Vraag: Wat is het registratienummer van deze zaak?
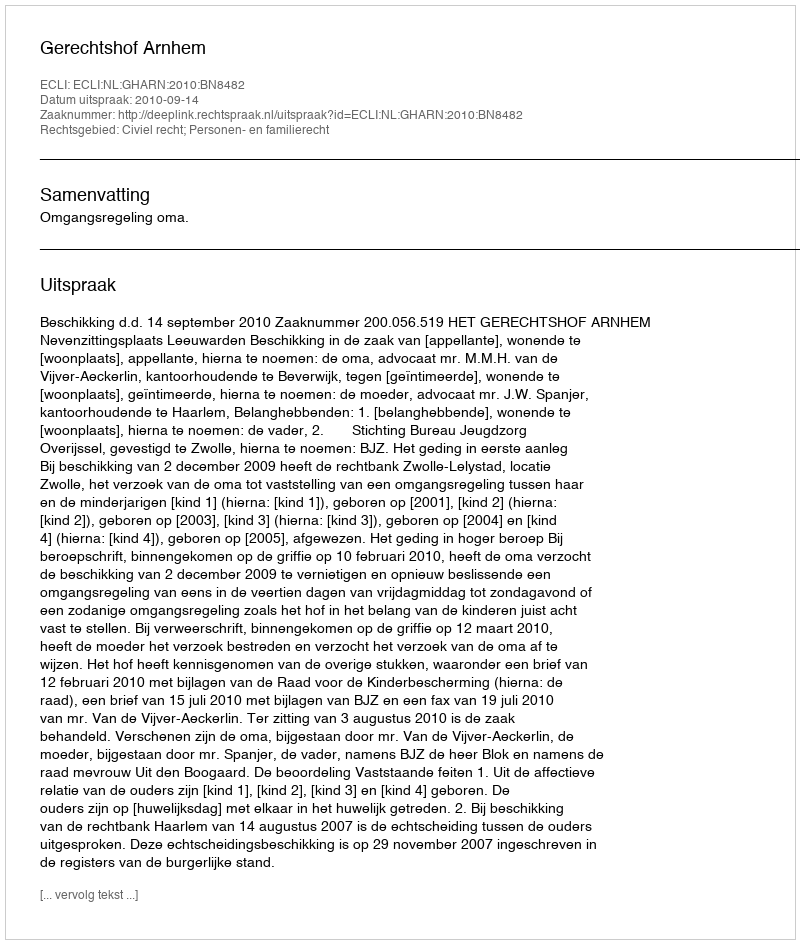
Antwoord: http://deeplink.rechtspraak.nl/uitspraak?id=ECLI:NL:GHARN:2010:BN8482